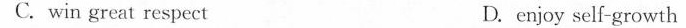
C. win great respect D.enjoy self-growth